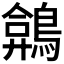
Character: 𪂻